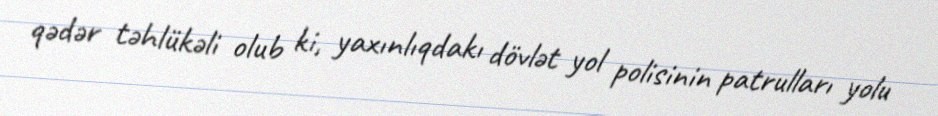
qədər təhlükəli olub ki, yaxınlıqdakı dövlət yol polisinin patrulları yolu